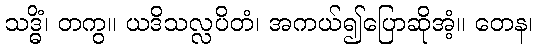
သဒ္ဓိံ၊ တကွ။ ယဒိသလ္လပိတံ၊ အကယ်၍ပြောဆိုအံ့။ တေန၊